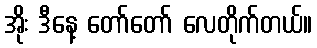
အိုး ဒီနေ့ တော်တော် လေတိုက်တယ်။